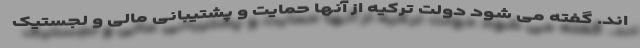
اند. گفته می شود دولت ترکیه از آنها حمایت و پشتیبانی مالی و لجستیک